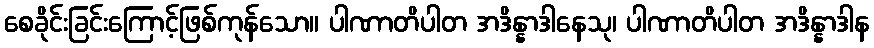
စေခိုင်းခြင်းကြောင့်ဖြစ်ကုန်သော။ ပါဏာတိပါတ အဒိန္နာဒါနေသု၊ ပါဏာတိပါတ အဒိန္နာဒါန